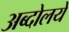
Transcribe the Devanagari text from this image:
अब्दोलये